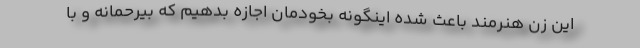
این زن هنرمند باعث شده اينگونه بخودمان اجازه بدهیم که بيرحمانه و با